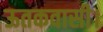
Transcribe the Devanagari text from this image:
ऊतकवासी।